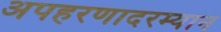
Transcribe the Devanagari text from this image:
अपहरणादरम्यान